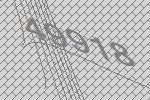
49918